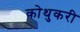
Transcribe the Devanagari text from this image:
कोथुकरी